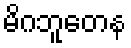
မိဂဘူတေန